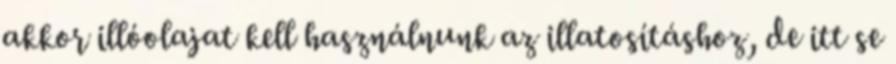
akkor illóolajat kell használnunk az illatosításhoz, de itt se